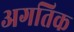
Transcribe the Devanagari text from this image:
अगतिक